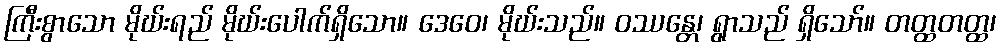
ကြီးစွာသော မိုဃ်းရည် မိုဃ်းပေါက်ရှိသော။ ဒေဝေ၊ မိုဃ်းသည်။ ဝဿန္တေ၊ ရွာသည် ရှိသော်။ တတ္ထတတ္ထ၊